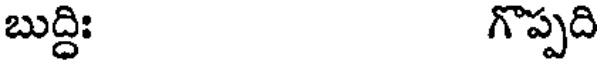
బుద్ధిః గొప్పది